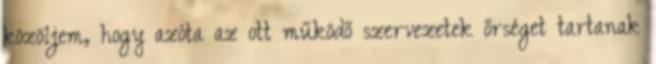
közöljem, hogy azóta az ott működő szervezetek őrséget tartanak